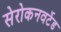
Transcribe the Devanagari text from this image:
सेरोकनवर्टेड